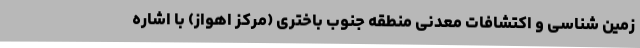
زمین شناسی و اکتشافات معدنی منطقه جنوب باختری (مرکز اهواز) با اشاره